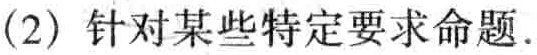
(2) 针对某些特定要求命题.